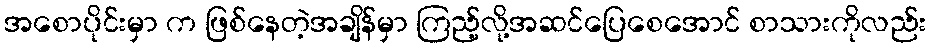
အစောပိုင်းမှာ က ဖြစ်နေတဲ့အချိန်မှာ ကြည့်လို့အဆင်ပြေစေအောင် စာသားကိုလည်း